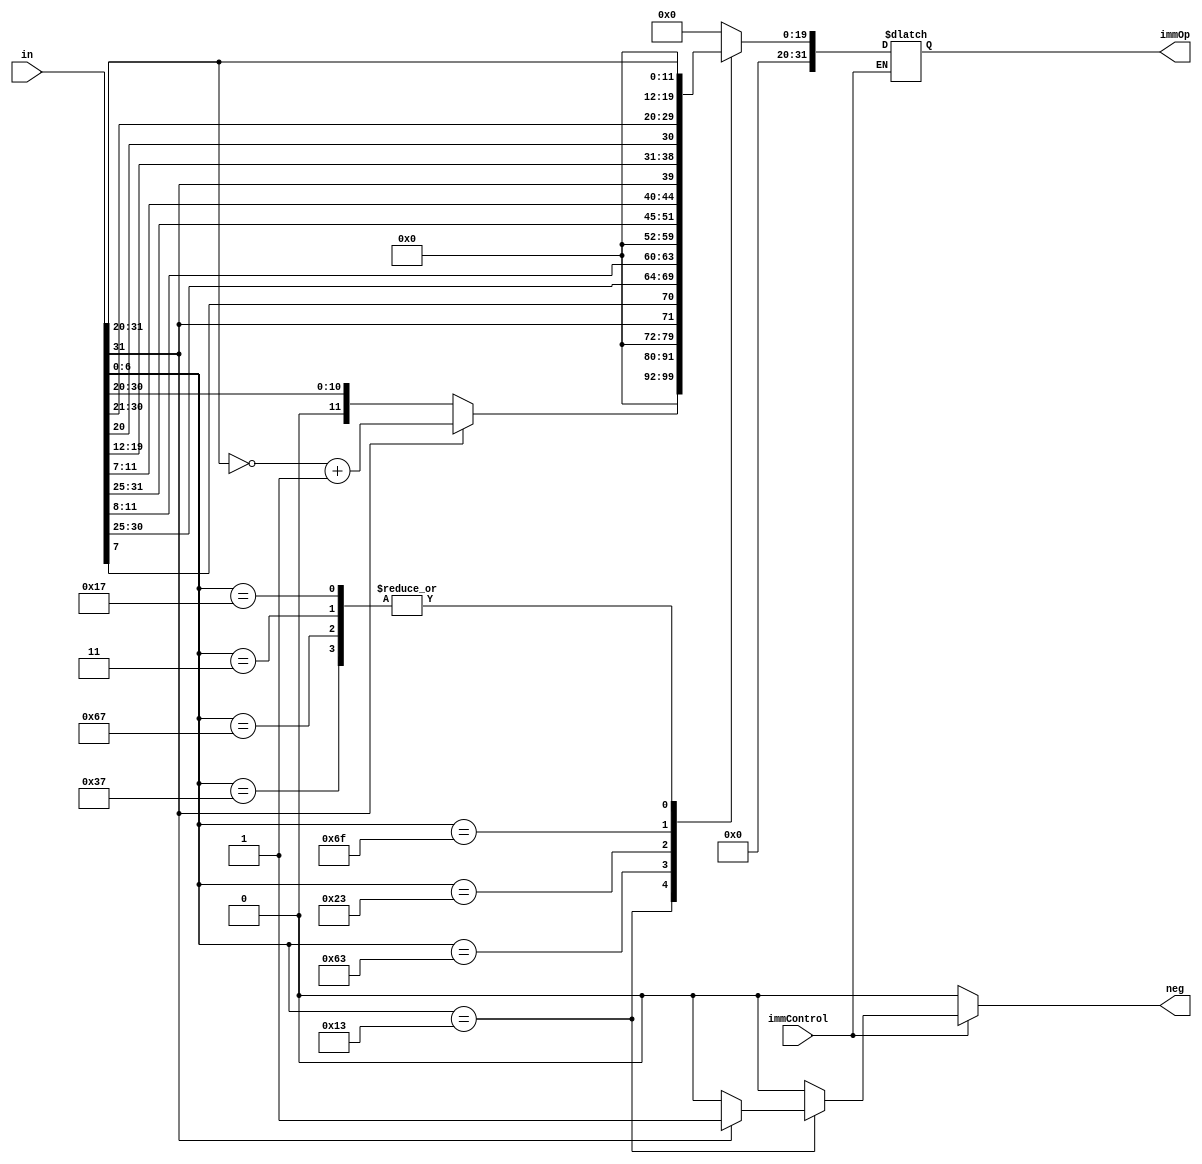
module immdecode(input [31:0] in, //[31:7]
                 input immControl,
				 output reg [31:0] immOp,
				 output reg neg);
				 
	wire [6:0] opcode;
	//wire [11:0]component2;		
	
	assign opcode = in[6:0];	 
    //assign component2 = in[31:20];
	always @ (*)
	begin
	neg = 1'b0;
	  if (immControl) begin
		case(opcode)
		7'b0110011: immOp = 32'b0; //ADD, SUB, etc (R)
		7'b0001011: immOp = 32'b0; //ADUQ (R)
		7'b0010011: begin
					   if (in[31]) begin //if MSB = 1, negative number 2nd complement
						  //component2 = ~component2 + 1'b1;
						  immOp = {20'b0000_0000_0000_0000_0000, ~(in[31:20])+1'b1}; //ADDI (I)
						  neg = 1'b1;
					   end else begin
		                      immOp = {20'b0000_0000_0000_0000_0000, in[31:20]}; //ADDI (I)
						      neg = 1'b0;
		                   end
					end
		7'b0110111: immOp = {20'b0000_0000_0000_0000_0000, in[31:20]}; //LUI This one i am not sure (I)
		7'b1100111: immOp = {20'b0000_0000_0000_0000_0000, in[31:20]}; //JALR (I)
		7'b0000011: immOp = {20'b0000_0000_0000_0000_0000, in[31:20]}; //LW (I)		
		7'b1100011: immOp = {20'b0000_0000_0000_0000_0000, in[31],in[7],in[30:25],in[11:8]}; //BEQ (B)
		7'b0100011: immOp = {20'b0000_0000_0000_0000_0000, in[31:25],in[11:7]}; //SW (S)
		7'b1101111: immOp = {12'b0000_0000_0000, in[31],in[19:12],in[20],in[30:21]}; //JAL (J)
		7'b0010111: immOp = {20'b0000_0000_0000_0000_0000, in[31:20]}; //AUIPC (R) ?
		default: immOp = 32'b0;
		endcase
	  end
	end

endmodule				 
		//13/54 Lecture 04

module test();
    reg [31:0] in; 
	reg immControl;
	wire [31:0] immOp;
	wire neg;	
  
immdecode immdecode_test(in, immControl, immOp, neg);  
  initial begin
    $dumpfile("test");
    $dumpvars;
	in = 32'b000000000000_00000_000000000110011; //add
	immControl = 0;
	#20;
	immControl = 1;
	#20;
	in = 32'b000000000101_01010_000000000010011; //addi 5 + 10
	#20;
	in = 32'b111111111001_01010_000000000010011; //addi  -7 + 10
	#20;
    #160 $finish;
  end

  //always #1 clk = ~clk;
  //always @(x) $display( "The value of x was changed. Time=%3d, x=%b. Inputs: sA=%b, sB=%b, alu=%b.",$time, x,sA,sB,c);
endmodule